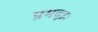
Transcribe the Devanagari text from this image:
प्रमदाः